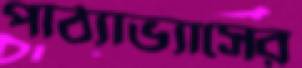
পাঠ্যাভ্যাসের